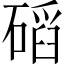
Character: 𥔿